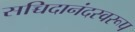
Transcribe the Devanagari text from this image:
सच्चिदानंदस्वरूप